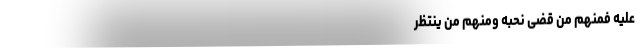
عَلَیْهِ فَمِنْهُمْ مَنْ قَضَی نَحْبَهُ وَمِنْهُمْ مَنْ یَنْتَظِرُ